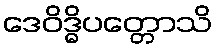
ဒေဝိဒ္ဓိပတ္တောသိ